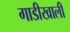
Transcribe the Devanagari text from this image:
गाडीखाली